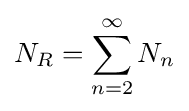
N_{R}=\sum _{n=2}^{\infty }N_{n}